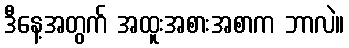
ဒီနေ့အတွက် အထူးအစားအစာက ဘာလဲ။